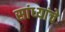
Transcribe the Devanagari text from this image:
सांध्यांचे